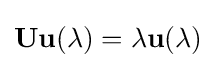
{\textbf {U}}\mathbf {u} (\lambda )=\lambda \mathbf {u} (\lambda )